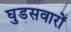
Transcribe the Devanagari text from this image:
घुडसवारों